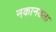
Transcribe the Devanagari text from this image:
नकानडला